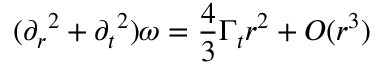
( { \partial _ { r } } ^ { 2 } + { \partial _ { t } } ^ { 2 } ) \omega = \frac { 4 } { 3 } \Gamma _ { t } r ^ { 2 } + O ( r ^ { 3 } )